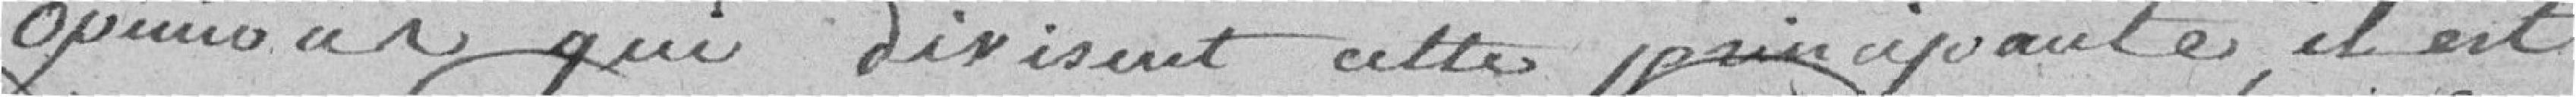
opinions qui divisent cette principauté, il est